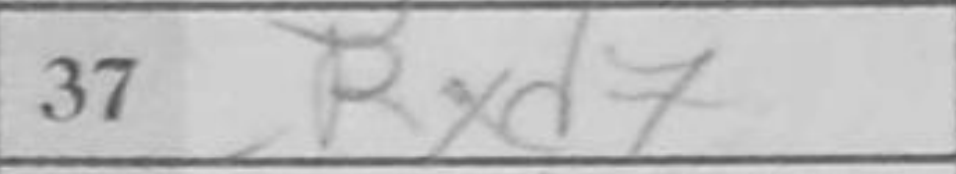
Transcription: Rxd7